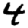
Digit: 4